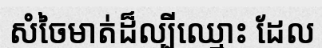
សំចៃមាត់ដ៏ល្បីឈ្មោះ ដែល